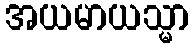
အယမာယသ္မာ